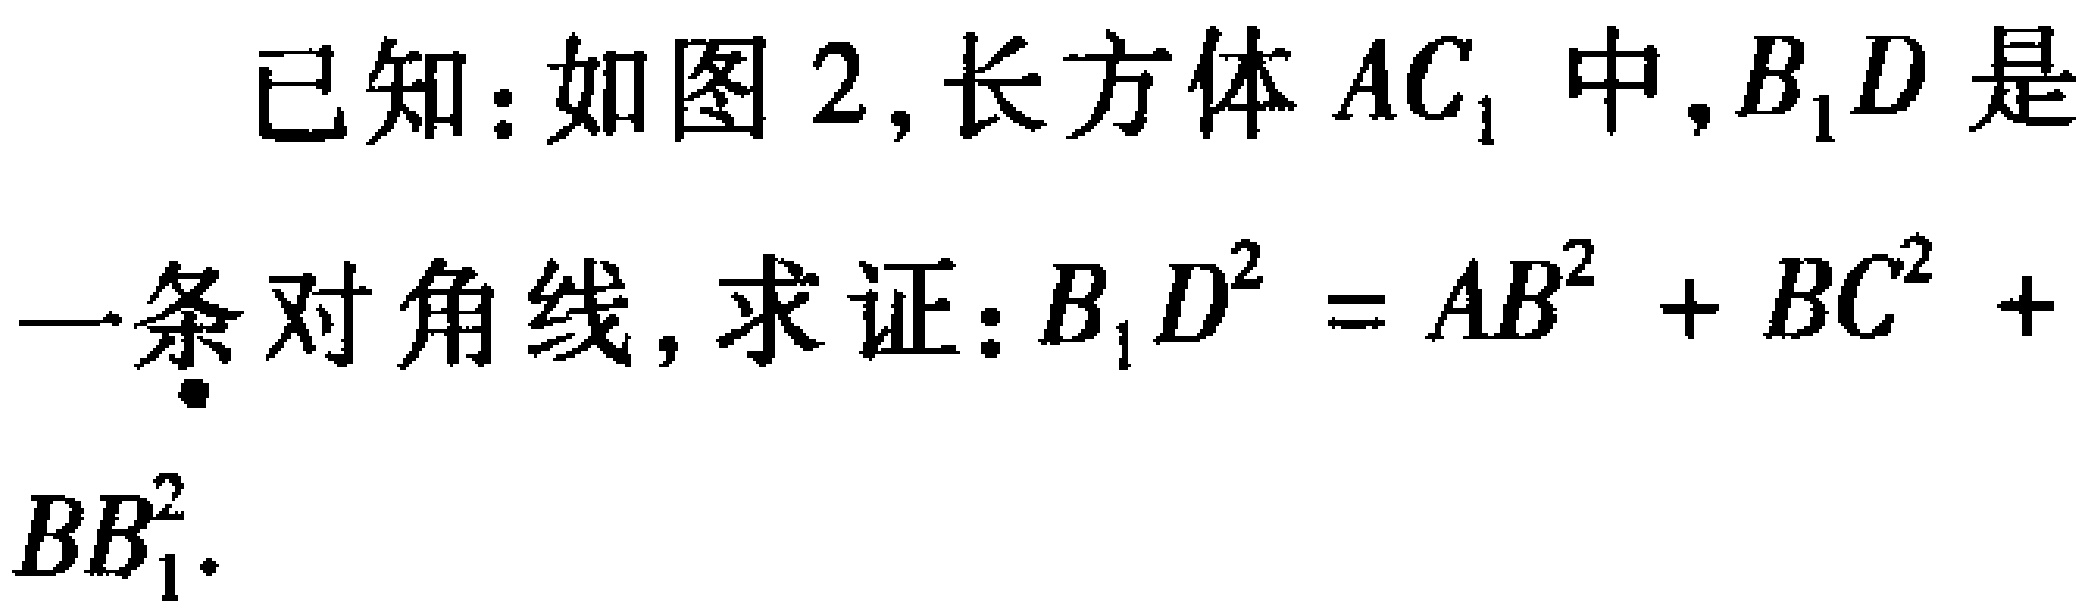
已知：如图 2, 长方体 \(AC_{1}\) 中, \(B_{1}D\) 是
一条对角线, 求证：\(B_{1}D^{2}=AB^{2}+BC^{2}+
BB_{1}^{2}\).